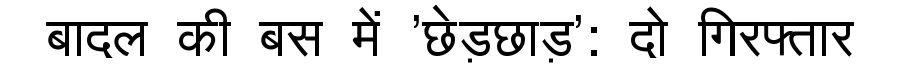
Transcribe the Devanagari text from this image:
बादल की बस में 'छेड़छाड़': दो गिरफ्तार